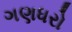
ગણધરો